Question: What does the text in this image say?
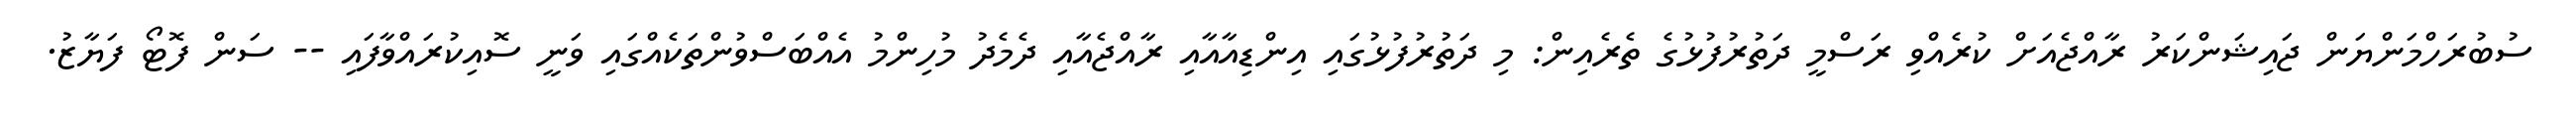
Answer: ސުބުރަހްމަންޔަން ޖައިޝަންކަރު ރާއްޖެއަށް ކުރެއްވި ރަސްމީ ދަތުރުފުޅުގެ ތެރެއިން: މި ދަތުރުފުޅުގައި އިންޑިއާއާއި ރާއްޖެއާއި ދެމެދު މުހިންމު އެއްބަސްވުންތަކެއްގައި ވަނީ ސޮއިކުރައްވާފައި -- ސަން ފޮޓޯ ފަޔާޒު.